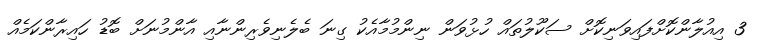
3 އިއުލާންކޮށްފައިވަނިކޮށް ސަކޫލުތައް ހުޅުވަން ނިންމުމާއެކު ގިނަ ބެލެނިވެރިންނާއި އާންމުނަށް ބޮޑު ހައިރާންކަމެއް